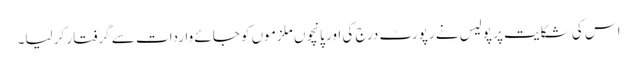
اس کی شکایت پر پولیس نے رپورٹ درج کی اور پانچوں ملزموں کو جائے واردات سے گرفتار کر لیا۔